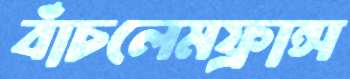
বাঁচলেমফ্রান্স